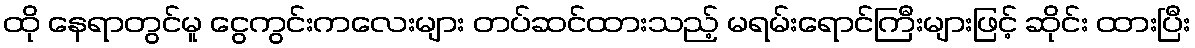
ထို နေရာတွင်မူ ငွေကွင်းကလေးများ တပ်ဆင်ထားသည့် မရမ်းရောင်ကြီးများဖြင့် ဆိုင်း ထားပြီး